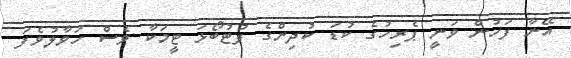
އޭނާ ފަހުން ވަނީ ޕެރިހުގެ ކުޑަ ކުދިންގެ ފުޓުބޯޅަ ޓީމަކާ ވެސް ހަވާލުވެފަ